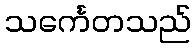
သင်္ကေတသည်